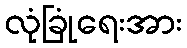
လုံခြုံရေးအား